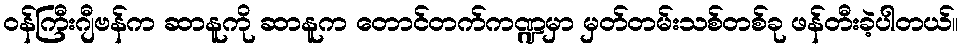
ဝန်ကြီးဂျီဗန်က ဆာနူကို ဆာနူက တောင်တက်ကဏ္ဍမှာ မှတ်တမ်းသစ်တစ်ခု ဖန်တီးခဲ့ပါတယ်။